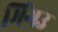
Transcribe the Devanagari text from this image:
मिंगउ